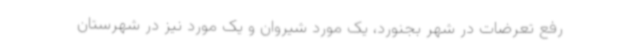
رفع تعرضات در شهر بجنورد، یک مورد شیروان و یک مورد نیز در شهرستان